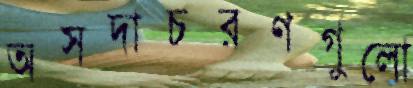
অসদাচরণগুলো